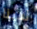
لدينا